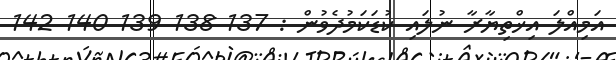
އަމިއްލަ އިޚްތިޔާރާ ނުލައި ކުޑަކަމުދެވުން : 137 138 139 140 142